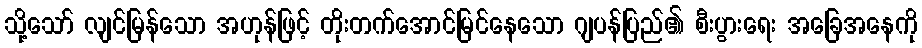
သို့သော် လျင်မြန်သော အဟုန်ဖြင့် တိုးတက်အောင်မြင်နေသော ဂျပန်ပြည်၏ စီးပွားရေး အခြေအနေကို